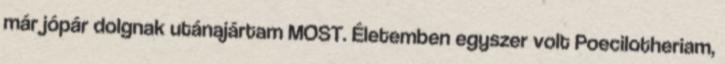
már jópár dolgnak utánajártam MOST. Életemben egyszer volt Poecilotheriam,